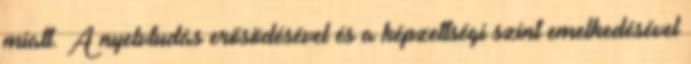
miatt. A nyelvtudás erősödésével és a képzettségi szint emelkedésével